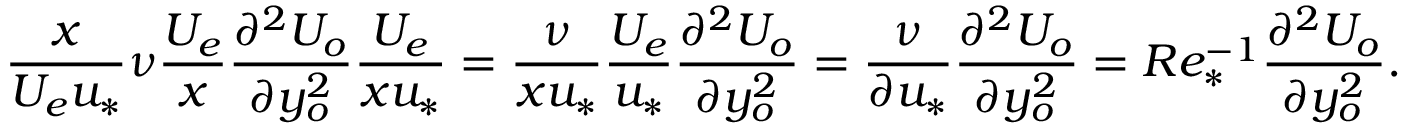
{ \frac { x } { U _ { e } u _ { * } } } \nu { \frac { U _ { e } } { x } } \frac { \partial ^ { 2 } U _ { o } } { \partial y _ { o } ^ { 2 } } \frac { U _ { e } } { x u _ { * } } = \frac { \nu } { x u _ { * } } \frac { U _ { e } } { u _ { * } } \frac { \partial ^ { 2 } U _ { o } } { \partial y _ { o } ^ { 2 } } = \frac { \nu } { \partial u _ { * } } \frac { \partial ^ { 2 } U _ { o } } { \partial y _ { o } ^ { 2 } } = R e _ { * } ^ { - 1 } \frac { \partial ^ { 2 } U _ { o } } { \partial y _ { o } ^ { 2 } } .